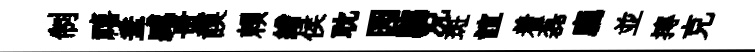
制禧垂臧贵謨賴繒侯耽园騶况斑誼着磊廳並摶克